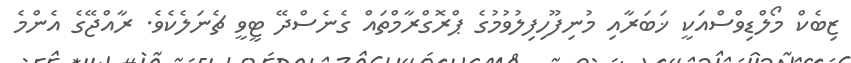
ޒިބެކް މޯލްޑިވްސްއަކީ ޚަބަރާއި މުނިފޫހިފިލުވުމުގެ ޕްރޮގްރާމްތައް ގެނެސްދޭ ޓީވީ ޗެނަލެކެވެ. ރާއްޖޭގެ އެންމެ